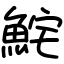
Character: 𩶱